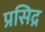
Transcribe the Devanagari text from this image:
प्रसिद्र